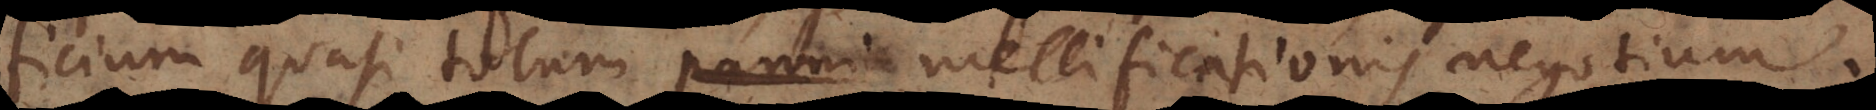
ficium quasi totum mellificationis negotium.